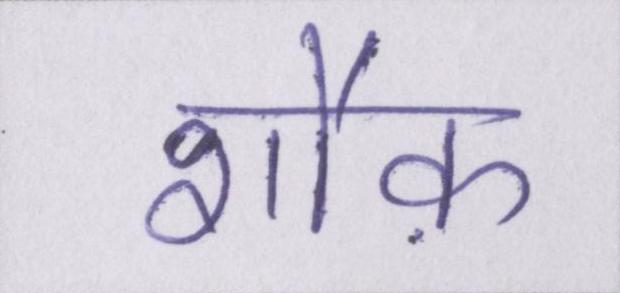
शौक़